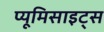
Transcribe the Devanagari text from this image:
प्यूमिसाइट्स